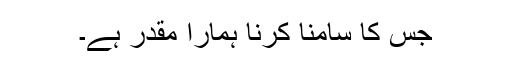
جس کا سامنا کرنا ہمارا مقدر ہے۔